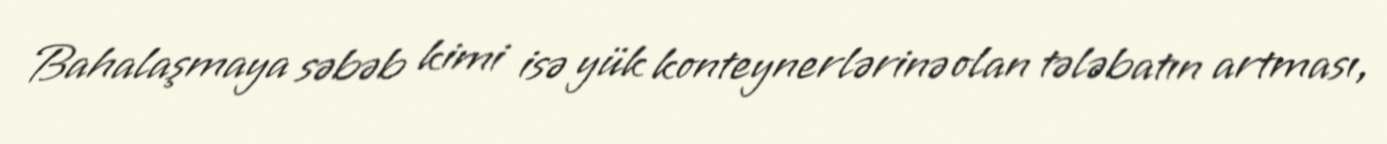
Bahalaşmaya səbəb kimi isə yük konteynerlərinə olan tələbatın artması,